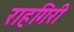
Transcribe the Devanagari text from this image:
राहगिरी